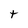
Character: t